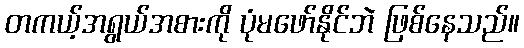
တကယ့်အရွယ်အစားကို ပုံမဖော်နိုင်ဘဲ ဖြစ်နေသည်။